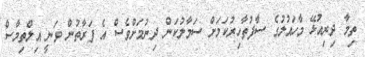
ތިމާ ދިރިއުޅޭ މާހައުލުގެ ސާފުތާހިރުކަމަށް ސަމާލުކަން ދިނުމަށްވެސް އެ ފަރާތުން ވަނީ އިލްތިމާސް